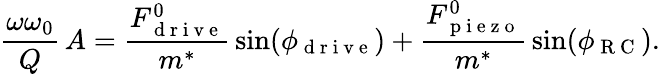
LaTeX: \frac{\omega\omega_{0}}{Q}\, A=\frac{F_{\mathrm{~d~r~i~v~e~}}^{0}}{m^{*}}\, \sin(\phi_{\mathrm{~d~r~i~v~e~}})+\frac{F_{\mathrm{~p~i~e~z~o~}}^{0}}{m^{*}}\, \sin(\phi_{\mathrm{~R~C~}}).